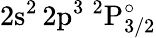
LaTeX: \mathrm{2s^{2}\, 2p^{3}~^{2}P_{3/2}^{\circ}}